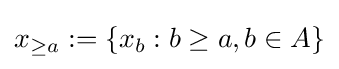
x_{\geq a}:=\left\{x_{b}:b\geq a,b\in A\right\}